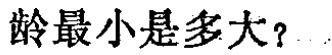
龄最小是多大？